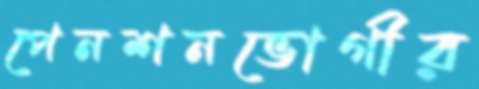
পেনশনভোগীর